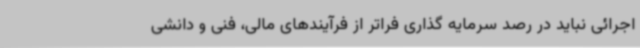
اجرائی نباید در رصد سرمایه گذاری فراتر از فرآیندهای مالی، فنی و دانشی